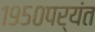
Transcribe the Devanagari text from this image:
१९५०पर्यंत